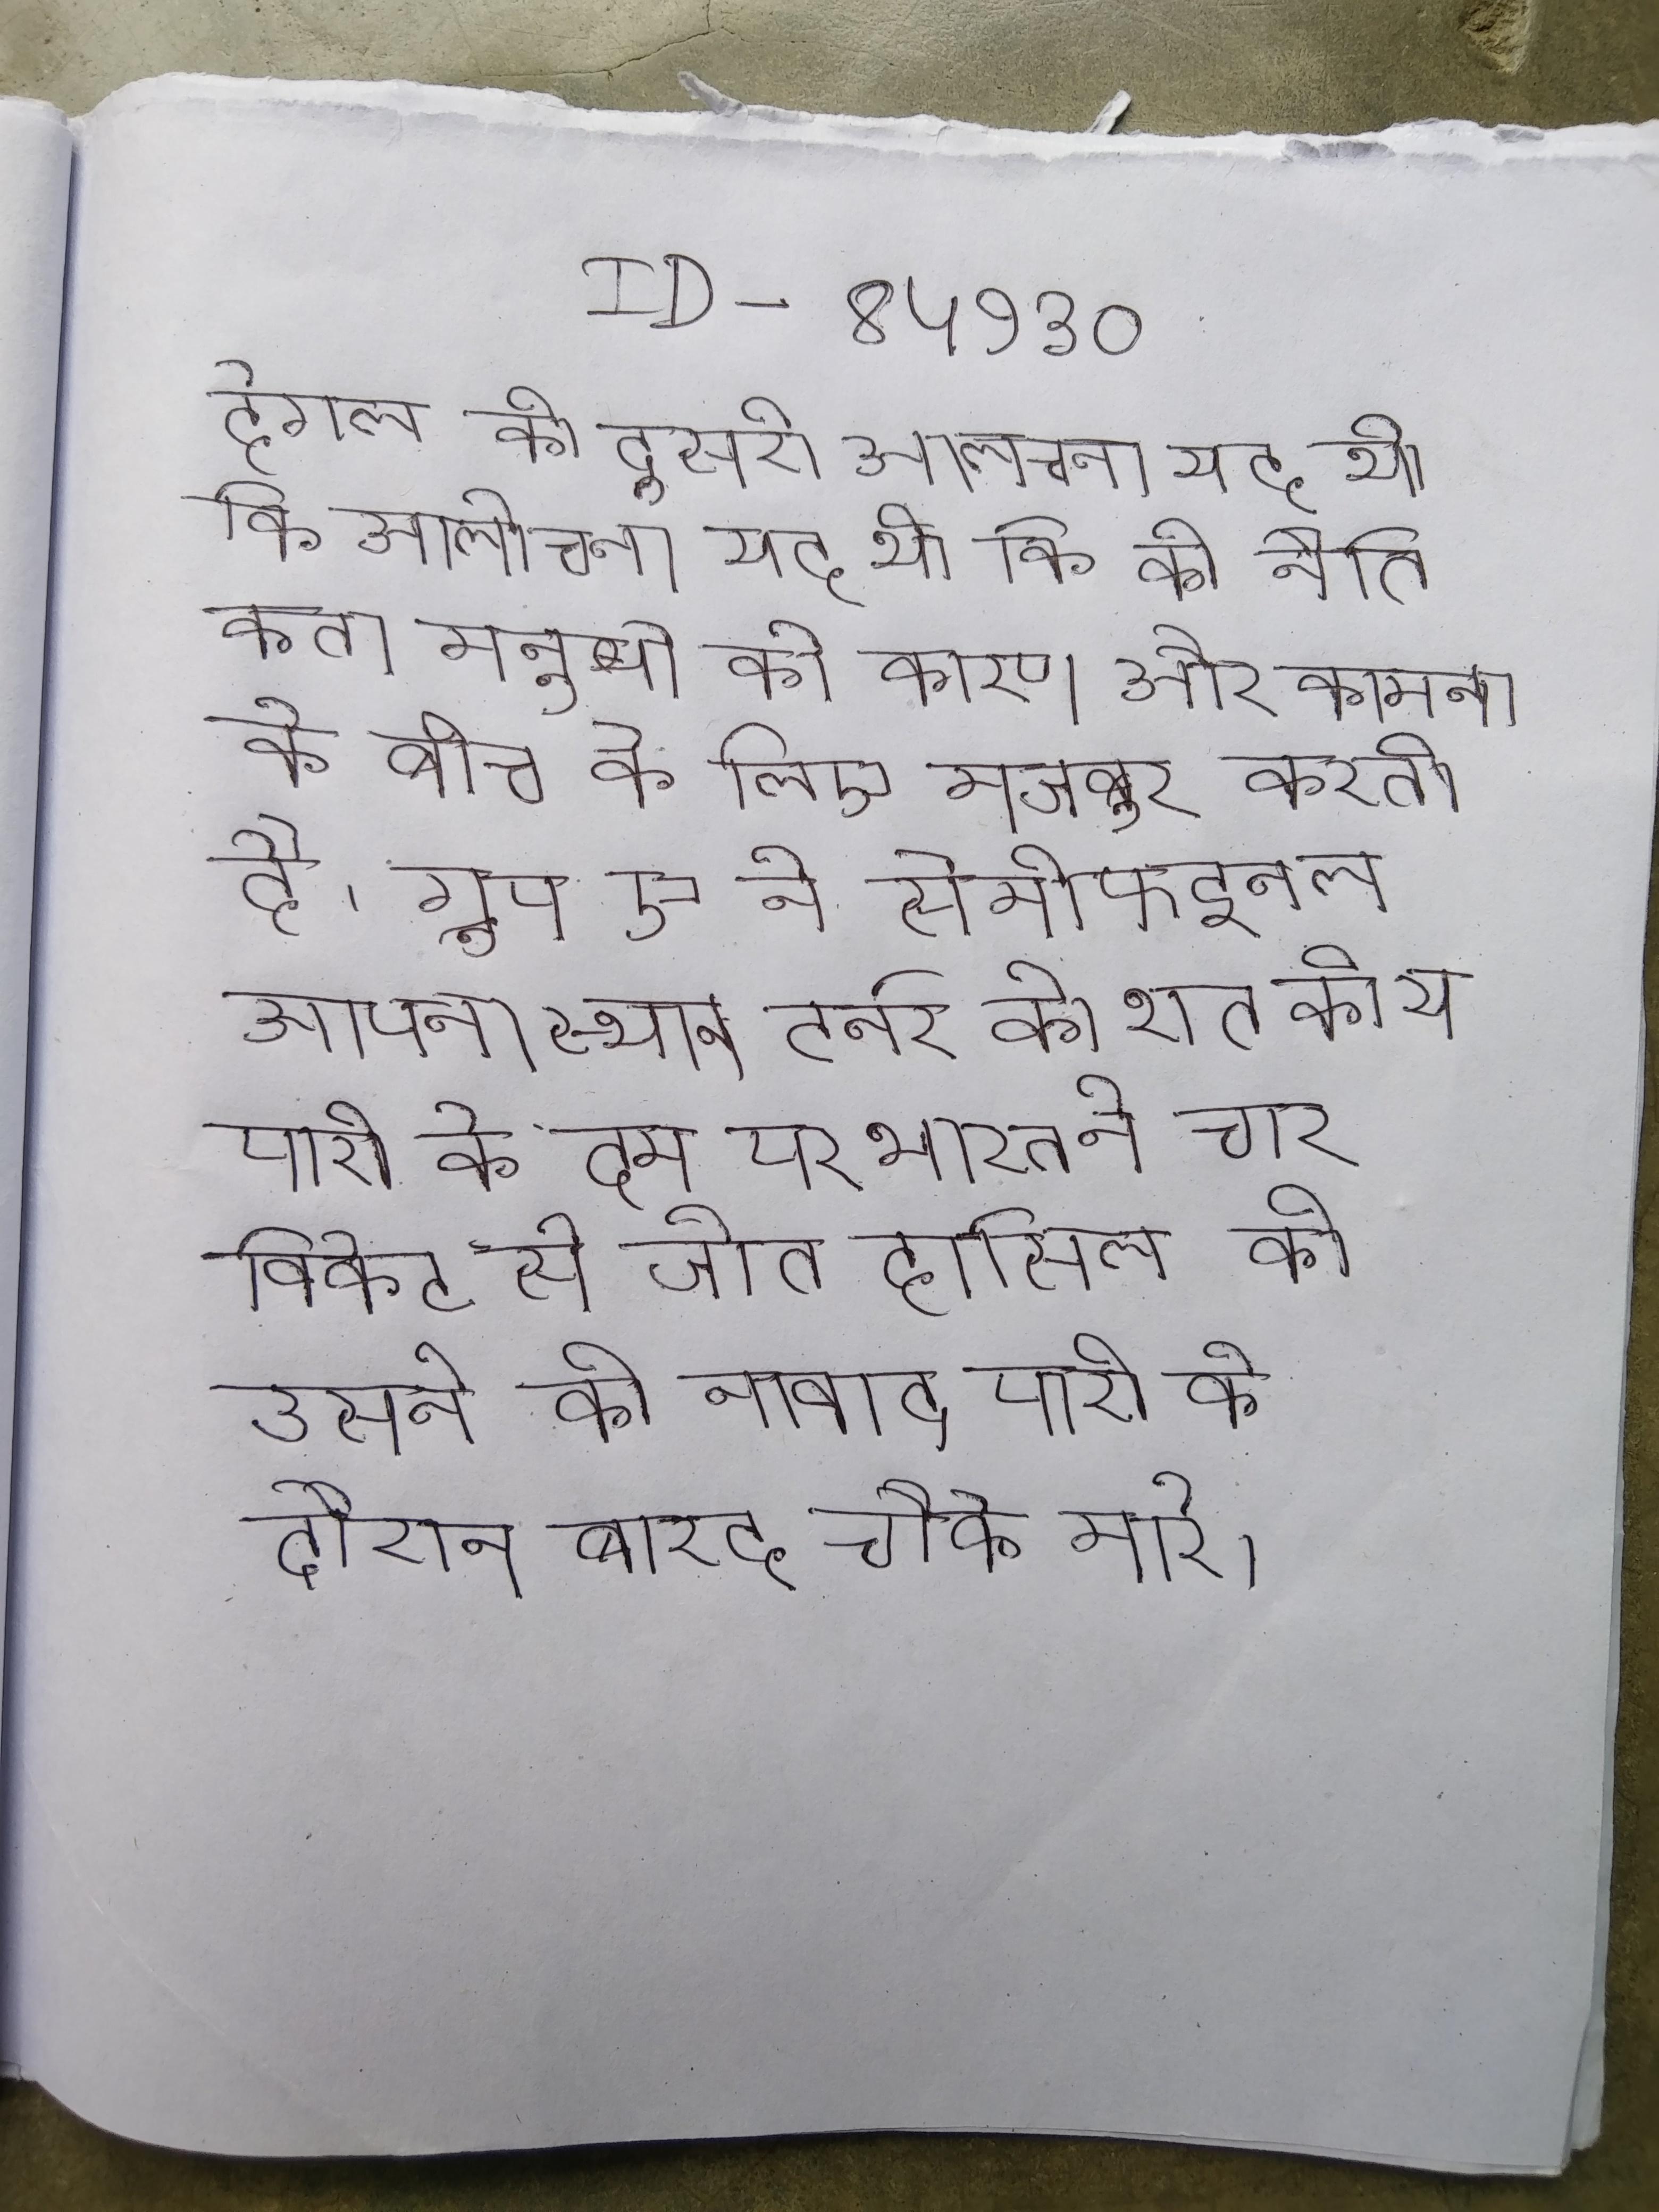
हेगल की दूसरी आलोचना यह थी कि की नैतिकता मनुष्यो को कारण और कामना के बीच के लिए मजबूर करती है । ग्रुप ए ने सेमीफाइनल अपना स्थान सील कर लिया, ग्लेन टर्नर की शतकीय पारी के दम पर भारत ने चार विकेट से जीत हासिल की, उसने की नाबाद पारी के दौरान बारह चौके मारे ।